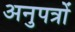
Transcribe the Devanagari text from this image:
अनुपत्रों